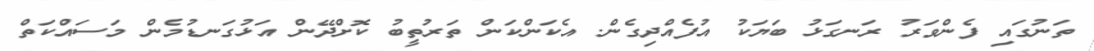
ތަނުގައި ފެންވަރު ރަނގަޅު ބަޔަކު އުފެއްދިގެން. އެކަންކަން ތަރުތީބު ކޮށްދޭން އަޅުގަނޑުމެން މަސައްކަތް